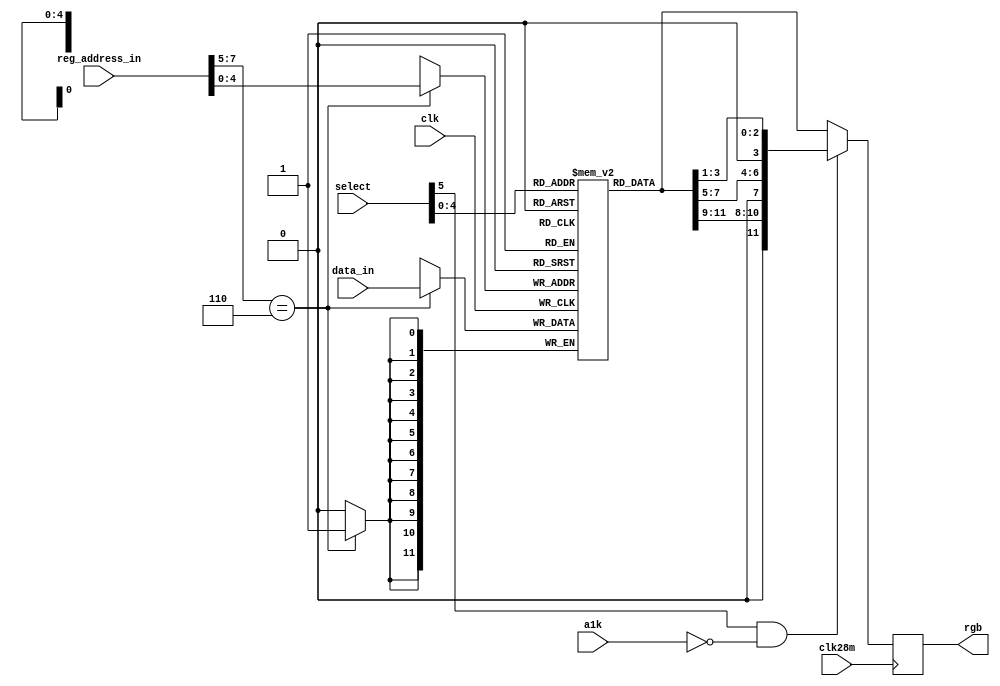
module colortable
(
	input 	clk,		   			
	input	clk28m,					
	input 	[8:1] reg_address_in,	
	input 	[11:0] data_in,			
	input	[5:0] select,			
  input a1k,              
	output	reg [11:0] rgb			
);
parameter COLORBASE = 9'h180;  		
reg 	[11:0] colortable [31:0];	
wire	[11:0] selcolor; 			
always @(posedge clk)
	if (reg_address_in[8:6]==COLORBASE[8:6])
		colortable[reg_address_in[5:1]] <= data_in[11:0];
assign selcolor = colortable[select[4:0]];   
always @(posedge clk28m)
	if (select[5] && !a1k) 
		rgb <= {1'b0,selcolor[11:9],1'b0,selcolor[7:5],1'b0,selcolor[3:1]};
	else 
		rgb <= selcolor;
endmodule